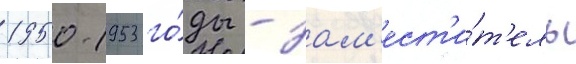
1950-1953 го́ды - зам'ест'и́т'ель